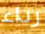
رداء